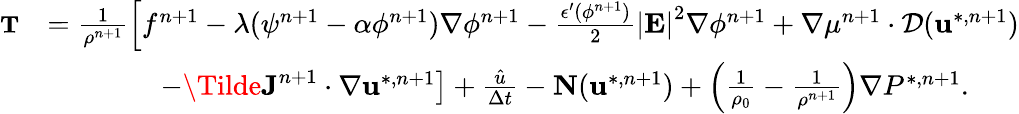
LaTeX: \begin{array}{rl}{\small\textbf{T}}&{=\frac{1}{\rho^{n+1}}\left[f^{n+1}-\lambda(\psi^{n+1}-\alpha\phi^{n+1})\nabla\phi^{n+1}-\frac{\epsilon^{\prime}(\phi^{n+1})}{2}\left|\textbf{E}\right|^{2}\nabla\phi^{n+1}+\nabla\mu^{n+1}\cdot\mathcal{D}(\textbf{u}^{*,n+1})\right.}\\ &{\qquad\qquad\left.-\Tilde{\textbf{J}}^{n+1}\cdot\nabla\textbf{u}^{*,n+1}\right]+\frac{\hat{u}}{\Delta t}-\textbf{N}(\textbf{u}^{*,n+1})+\left(\frac{1}{\rho_{0}}-\frac{1}{\rho^{n+1}}\right)\nabla P^{*,n+1}.}\end{array}